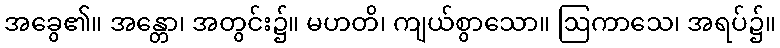
အခွေ၏။ အန္တော၊ အတွင်း၌။ မဟတိ၊ ကျယ်စွာသော။ ဩကာသေ၊ အရပ်၌။